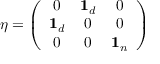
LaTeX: \eta = \left( \begin{array} { c c c } { { 0 } } & { { { \bf 1 } _ { d } } } & { { 0 } } \\ { { { \bf 1 } _ { d } } } & { { 0 } } & { { 0 } } \\ { { 0 } } & { { 0 } } & { { { \bf 1 } _ { n } } } \end{array} \right)